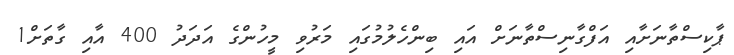
ޕާކިސްތާނަށާއި އަފްގާނިސްތާނަށް އައި ބިންހެލުމުގައި މަރުވި މީހުންގެ އަދަދު 400 އާއި ގާތަށް1